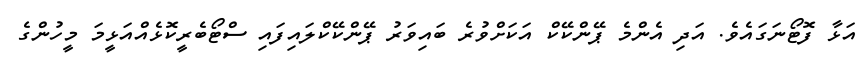
އަޅާ ފޮޓޯނަގައެވެ. އަދި އެންމެ ޕޭންކޭކް އަަކަށްވުރެ ބައިވަރު ޕޭންކޭކްލައިފައި ސްޓޯބެރީކޮޅެއްއަޅީމަ މީހުންގެ